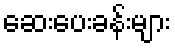
ဆေးပေးခန်းများ